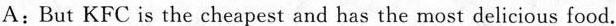
A:But KFC is the cheapest and has the most delicious food.